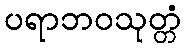
ပရာဘဝသုတ္တံ